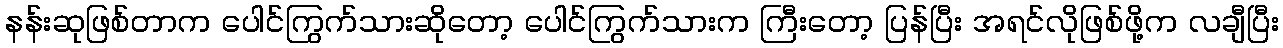
နန်းဆုဖြစ်တာက ပေါင်ကြွက်သားဆိုတော့ ပေါင်ကြွက်သားက ကြီးတော့ ပြန်ပြီး အရင်လိုဖြစ်ဖို့က လချီပြီး